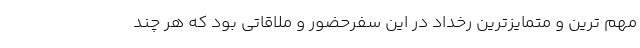
مهم ترین و متمایزترین رخداد در این سفرحضور و ملاقاتی بود که هر چند